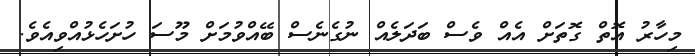
މިހާރު އޮތް ގޮތަށް އެއް ވެސް ބަދަލެއް ނުގެނެސް ބޭއްްވުމަށް މޫސަ ހުށަހެޅުއްވިއެވެ.